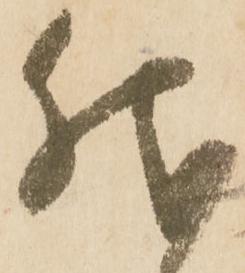
然